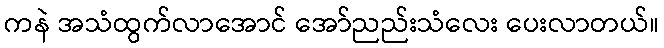
ကနဲ အသံထွက်လာအောင် အော်ညည်းသံလေး ပေးလာတယ်။